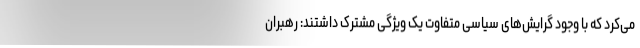
می‌کرد که با وجود گرایش‌های سیاسی متفاوت یک ویژگی مشترک داشتند: رهبران